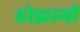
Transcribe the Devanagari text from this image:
होझामी